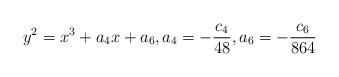
LaTeX: \begin{align*} y^2 = x^3 + a_4 x + a_6,a_4 = -\frac{c_4}{48}, a_6 = -\frac{c_6}{864}\end{align*}